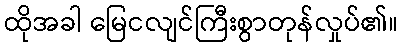
ထိုအခါ မြေငလျင်ကြီးစွာတုန်လှုပ်၏။